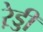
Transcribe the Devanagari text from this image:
रे़ड्डी